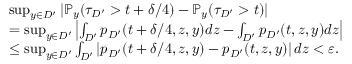
\begin{array} { r l } & { \operatorname* { s u p } _ { y \in D ^ { \prime } } | \mathbb { P } _ { y } ( \tau _ { D ^ { \prime } } > t + \delta / 4 ) - \mathbb { P } _ { y } ( \tau _ { D ^ { \prime } } > t ) | } \\ & { = \operatorname* { s u p } _ { y \in D ^ { \prime } } \left| \int _ { D ^ { \prime } } p _ { D ^ { \prime } } ( t + \delta / 4 , z , y ) d z - \int _ { D ^ { \prime } } p _ { D ^ { \prime } } ( t , z , y ) d z \right| } \\ & { \le \operatorname* { s u p } _ { y \in D ^ { \prime } } \int _ { D ^ { \prime } } \left| p _ { D ^ { \prime } } ( t + \delta / 4 , z , y ) - p _ { D ^ { \prime } } ( t , z , y ) \right| d z < \varepsilon . } \end{array}